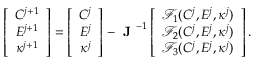
\left[ \begin{array} { c c c c c c c } { C ^ { j + 1 } } \\ { E ^ { j + 1 } } \\ { \kappa ^ { j + 1 } } \end{array} \right] = \left[ \begin{array} { c c c c c c c } { C ^ { j } } \\ { E ^ { j } } \\ { \kappa ^ { j } } \end{array} \right] - \textbf { J } ^ { - 1 } \left[ \begin{array} { c c c c c c c } { \mathcal { F } _ { 1 } ( C ^ { j } , E ^ { j } , \kappa ^ { j } ) } \\ { \mathcal { F } _ { 2 } ( C ^ { j } , E ^ { j } , \kappa ^ { j } ) } \\ { \mathcal { F } _ { 3 } ( C ^ { j } , E ^ { j } , \kappa ^ { j } ) } \end{array} \right] .